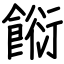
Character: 餰